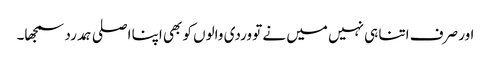
اور صرف اتنا ہی نہیں میں نے تو وردی والوں کو بھی اپنا اصلی ہمدرد سمجھا۔